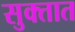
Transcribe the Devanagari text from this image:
सुक्तात